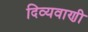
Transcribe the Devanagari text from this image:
दिव्यवाणी